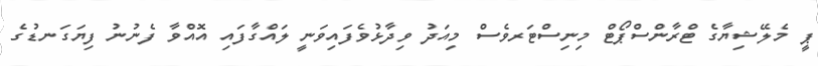
ޕީ މެލޭޝިޔާގެ ޓްރާންސްޕޯޓް މިނިސްޓަރވެސް މިއަދު ވިދާޅުވެފައިވަނީ ލައްގާފައި އޮއްވާ ފެނުނު ފިޔަގަނޑުގެ